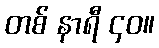
တစ် နာရီ ၄၀။